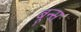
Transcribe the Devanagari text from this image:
बून्स